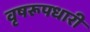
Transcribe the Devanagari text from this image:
वृषरूपधारी